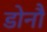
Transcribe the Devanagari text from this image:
डोनौ